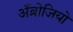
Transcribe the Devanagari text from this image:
अँब्रोजियो